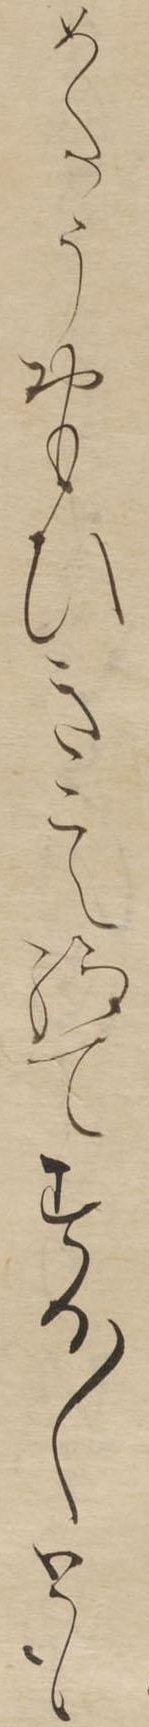
めたうおもひきこえ給てすか〱とも